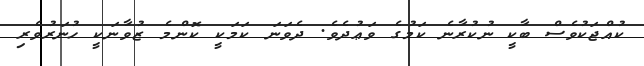
ކުއްޖަކުވެސް ބާކީ ނުކުރާނެ ކަމުގެ ވަޢުދެވެ. ދެވަނަ ކަމަކީ ކޮންމެ ޒުވާނަކީ ހުނަރުވެރި